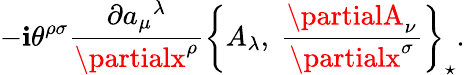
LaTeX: -\mathbf{i}\theta^{\rho\sigma}\frac{{\partial{a_{\mu}}^{\lambda}}}{{\partialx^{\rho}}}\left\{ A_{\lambda},\ \frac{{\partialA_{\nu}}}{{\partialx^{\sigma}}}\right\} _{\star}.